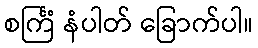
စင်္ကြံ နံပါတ် ခြောက်ပါ။